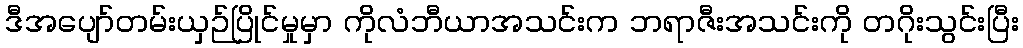
ဒီအပျော်တမ်းယှဉ်ပြိုင်မှုမှာ ကိုလံဘီယာအသင်းက ဘရာဇီးအသင်းကို တဂိုးသွင်းပြီး